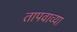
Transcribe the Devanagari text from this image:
तापवाव्या